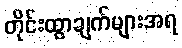
တိုင်းထွာချက်များအရ